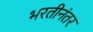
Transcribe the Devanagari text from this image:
भरतीनंतर